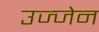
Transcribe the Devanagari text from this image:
उज्‍जेन